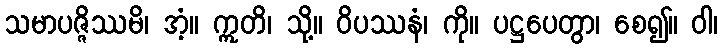
သမာပဇ္ဇိဿမိ၊ အံ့။ ဣတိ၊ သို့။ ဝိပဿနံ၊ ကို။ ပဋ္ဌပေတွာ၊ စေ၍။ ဝါ၊